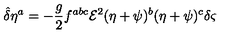
{ \hat { \delta } } \eta ^ { a } = - \frac { g } { 2 } f ^ { a b c } { \mathcal { E } } ^ { 2 } ( \eta + \psi ) ^ { b } ( \eta + \psi ) ^ { c } \delta \varsigma